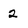
Character: 2